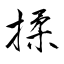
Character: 揉